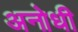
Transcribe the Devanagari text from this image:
अनोधी